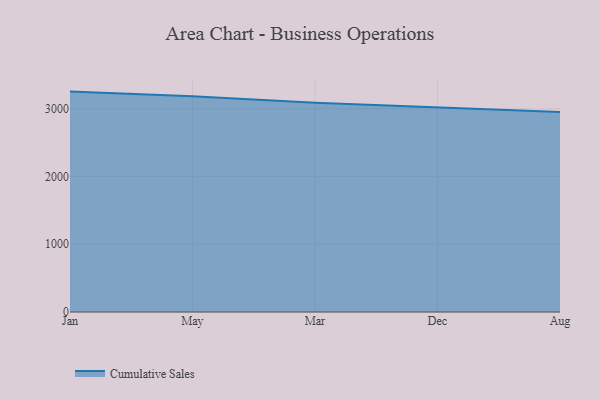
{"axis": {"x": "Month", "y": "Shipments"}, "legend": ["Cumulative Sales"], "data": [{"x": "Jan", "y": 3252.9, "type": "Cumulative Sales"}, {"x": "May", "y": 3185.0, "type": "Cumulative Sales"}, {"x": "Mar", "y": 3088.8, "type": "Cumulative Sales"}, {"x": "Dec", "y": 3026.0, "type": "Cumulative Sales"}, {"x": "Aug", "y": 2952.2, "type": "Cumulative Sales"}]}